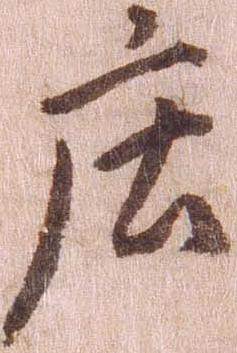
庄